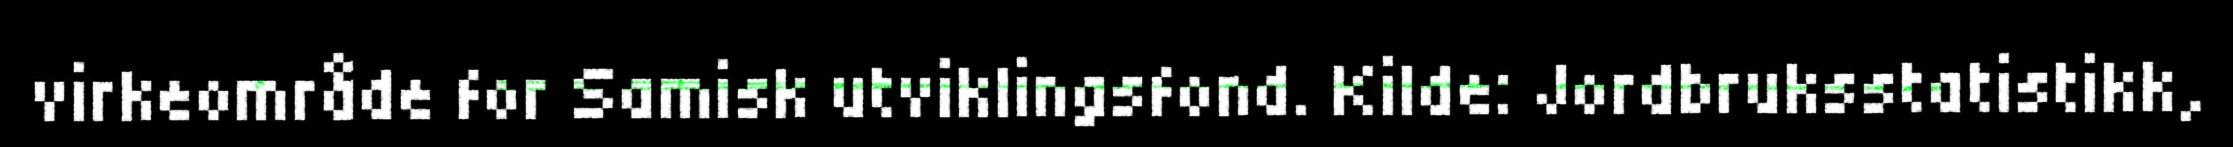
virkeområde for Samisk utviklingsfond. Kilde: Jordbruksstatistikk,